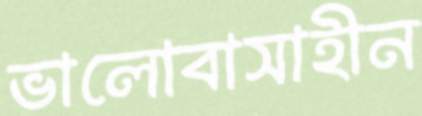
ভালোবাসাহীন